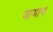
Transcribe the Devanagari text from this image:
जायाच